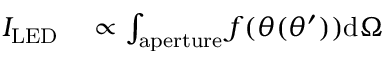
\begin{array} { r l } { I _ { \mathrm { L E D } } } & { { } \propto \int _ { \mathrm { a p e r t u r e } } f ( \theta ( \theta ^ { \prime } ) ) \mathrm { d } \Omega } \end{array}